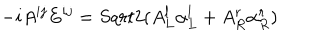
- i A ^ { i j } E ^ { i j } = S q r t { 2 } ( A _ { L } ^ { l } \alpha _ { L } ^ { l } + A _ { R } ^ { r } \alpha _ { R } ^ { r } )